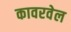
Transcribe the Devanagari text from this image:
कावरवेल